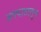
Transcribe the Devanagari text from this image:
अपघातातून